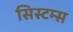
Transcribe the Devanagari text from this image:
सिस्टम्स